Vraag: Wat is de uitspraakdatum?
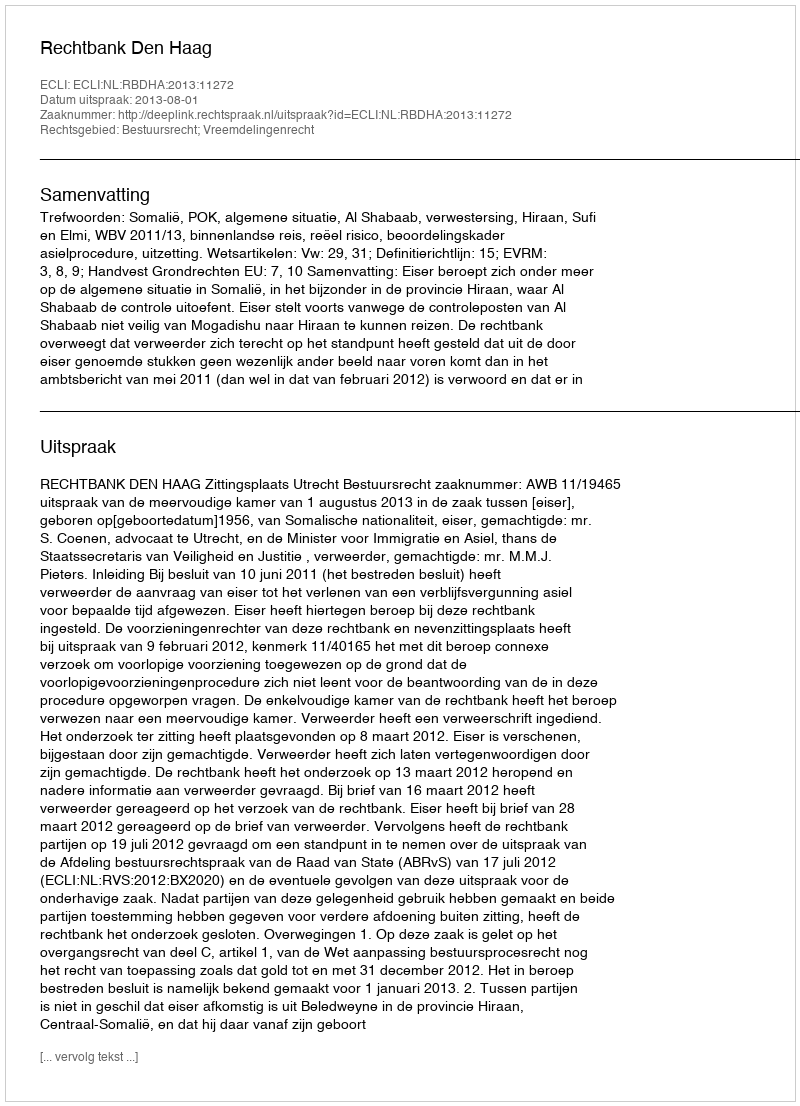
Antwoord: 2013-08-01